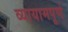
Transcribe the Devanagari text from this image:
व्यायामपूर्ण